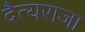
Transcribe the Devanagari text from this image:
दैत्यराजा